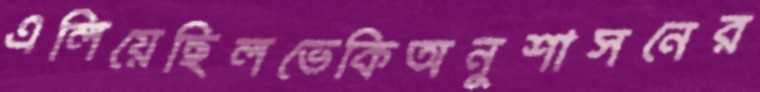
এলিয়েছিলভেকিঅনুশাসনের